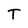
Character: T